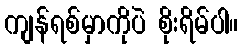
ကျန်ရစ်မှာကိုပဲ စိုးရိမ်ပါ။